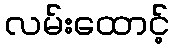
လမ်းထောင့်